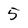
Character: 5